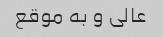
عالى و به موقع